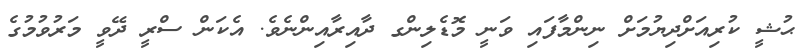
ޙުޝީ ކުރިއަށްދިޔުމަށް ނިންމާފައި ވަނީ މޮޑެލިންގ ދާއިރާއިންނެވެ. އެކަން ސްރީ ދޭވީ މަރުވުމުގެ